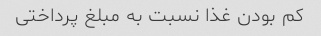
کم بودن غذا نسبت به مبلغ پرداختی